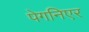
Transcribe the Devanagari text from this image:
पेगनिएर